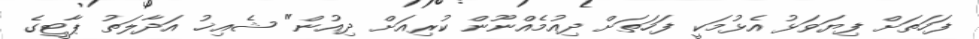
ފަހަތަށް ފިޔަވަޅު އެޅުމަކީ ފަހަތަށް ދިއުމެއްނޫން ކުރިއަށް ދިއުން" ޝެއިޚު އަދާލަތު ޕާޓީގެ